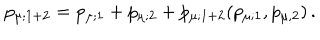
p _ { \mu ; 1 + 2 } = p _ { \mu ; 1 } + p _ { \mu ; 2 } + p _ { \mu ; 1 + 2 } ( p _ { \mu ; 1 } , p _ { \mu , 2 } ) \, .